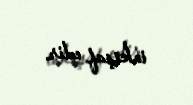
inkişaf edir.